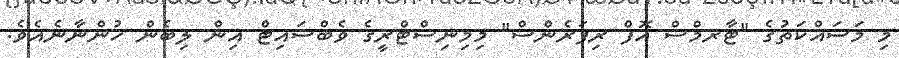
މި މަސައްކަތުގެ "ޓާރމްސް އޮފް ރިފަރެންސް" މިމިނިސްޓްރީގެ ވެބްސައިޓް އިން ލިބެން ހުންނާނެއެވެ.